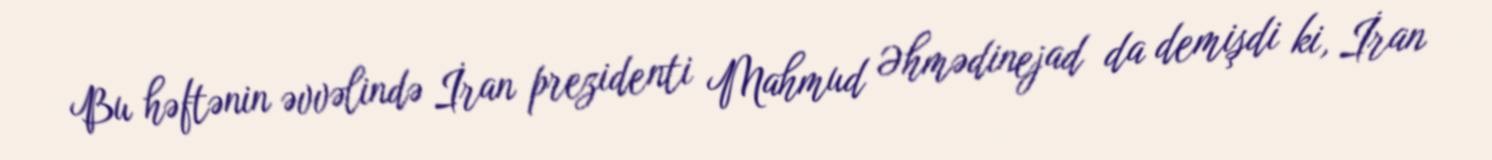
Bu həftənin əvvəlində İran prezidenti Mahmud Əhmədinejad da demişdi ki, İran